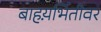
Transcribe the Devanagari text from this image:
बाहय़भिंतीवर